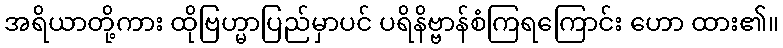
အရိယာတို့ကား ထိုဗြဟ္မာပြည်မှာပင် ပရိနိဗ္ဗာန်စံကြရကြောင်း ဟော ထား၏။